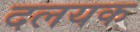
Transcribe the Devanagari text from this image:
दलयक